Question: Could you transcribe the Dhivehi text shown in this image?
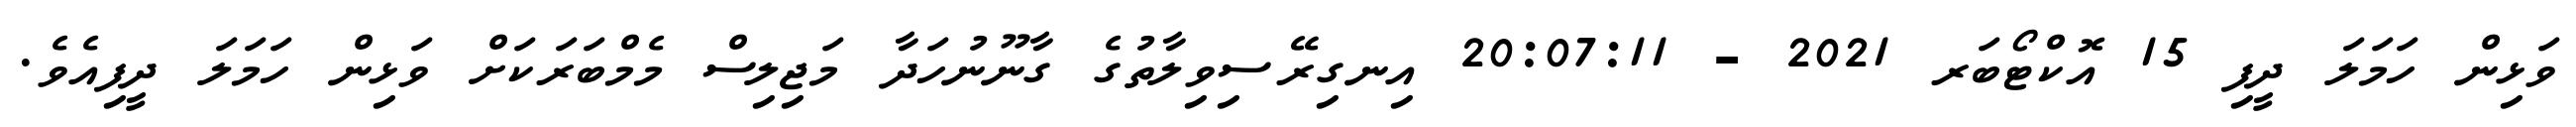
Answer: ވަޅިން ހަމަލަ ދީފި 15 އޮކްޓޯބަރ 2021 - 20:07:11 އިނގިރޭސިވިލާތުގެ ގާނޫނުހަދާ މަޖިލިސް މެމްބަރަކަށް ވަޅިން ހަމަލަ ދީފިއެވެ.